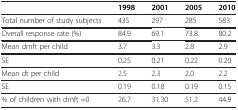
<table><thead><tr><td>[EMPTY_CELL]</td><td><b>1998</b></td><td><b>2001</b></td><td><b>2005</b></td><td><b>2010</b></td></tr></thead><tbody><tr><td>Total number of study subjects</td><td>435</td><td>297</td><td>285</td><td>583</td></tr><tr><td>Overall response rate (%)</td><td>84.9</td><td>69.1</td><td>73.8</td><td>80.2</td></tr><tr><td>Mean dmft per child</td><td>3.7</td><td>3.3</td><td>2.8</td><td>2.9</td></tr><tr><td>SE</td><td>0.25</td><td>0.21</td><td>0.22</td><td>0.20</td></tr><tr><td>Mean dt per child</td><td>2.5</td><td>2.3</td><td>2.0</td><td>2.2</td></tr><tr><td>SE</td><td>0.19</td><td>0.18</td><td>0.19</td><td>0.15</td></tr><tr><td>% of children with dmft =0</td><td>26.7</td><td>31.30</td><td>51.2</td><td>44.9</td></tr></tbody></table>